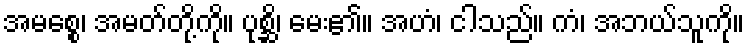
အမစ္စေ၊ အမတ်တို့ကို။ ပုစ္ဆိ၊ မေး၏။ အဟံ၊ ငါသည်။ ကံ၊ အဘယ်သူကို။